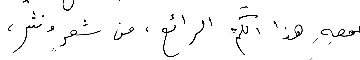
جمعِهِ هذا الكمِّ الرائع، من شعرٍ ونثر،